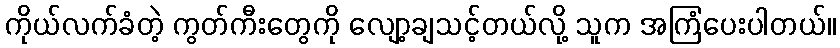
ကိုယ်လက်ခံတဲ့ ကွတ်ကီးတွေကို လျော့ချသင့်တယ်လို့ သူက အကြံပေးပါတယ်။